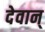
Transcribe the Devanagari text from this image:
देवान्